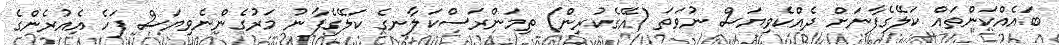
ބައެއްކަންތައް ކަލޭގެފާނަށް ދެއްކެވިޔަސް ނުވަތަ (އޭގެކުރިން) ތިމަންރަސްކަލާނގެ ކަލޭގެފާނު މަރުގެންނެވިޔަސް ފަހެ އެއުރެންގެ